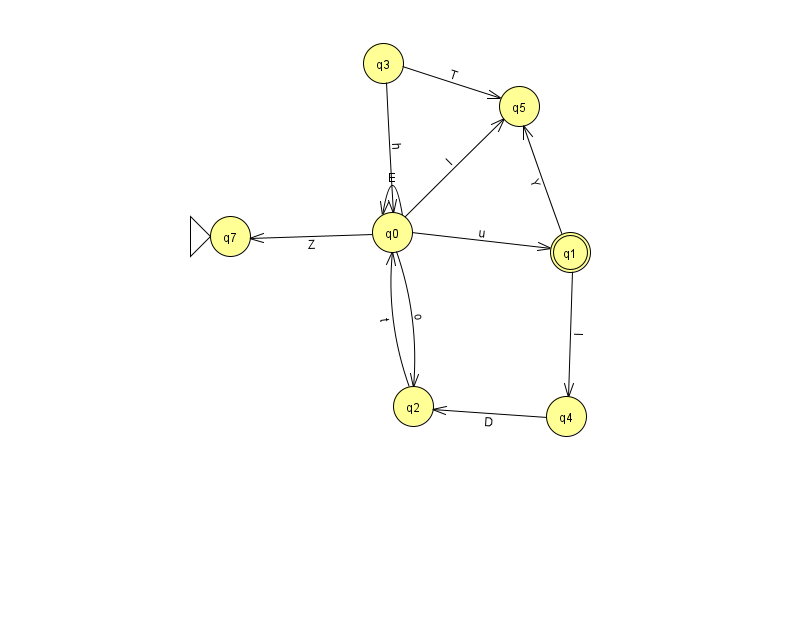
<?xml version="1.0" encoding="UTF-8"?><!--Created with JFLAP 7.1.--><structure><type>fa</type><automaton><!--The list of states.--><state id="0" name="q0"><x>392.0</x><y>219.0</y></state><state id="1" name="q1"><x>570.0</x><y>239.0</y><final/></state><state id="2" name="q2"><x>413.0</x><y>393.0</y></state><state id="3" name="q3"><x>383.0</x><y>50.0</y></state><state id="4" name="q4"><x>566.0</x><y>403.0</y></state><state id="5" name="q5"><x>519.0</x><y>93.0</y></state><state id="7" name="q7"><x>230.0</x><y>223.0</y><initial/></state><!--The list of transitions.--><transition><from>0</from><to>1</to><read>u</read></transition><transition><from>0</from><to>2</to><read>o</read></transition><transition><from>3</from><to>5</to><read>T</read></transition><transition><from>0</from><to>7</to><read>Z</read></transition><transition><from>0</from><to>0</to><read>E</read></transition><transition><from>0</from><to>5</to><read>I</read></transition><transition><from>2</from><to>0</to><read>t</read></transition><transition><from>4</from><to>2</to><read>D</read></transition><transition><from>1</from><to>4</to><read>I</read></transition><transition><from>1</from><to>5</to><read>Y</read></transition><transition><from>3</from><to>0</to><read>h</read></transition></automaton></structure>